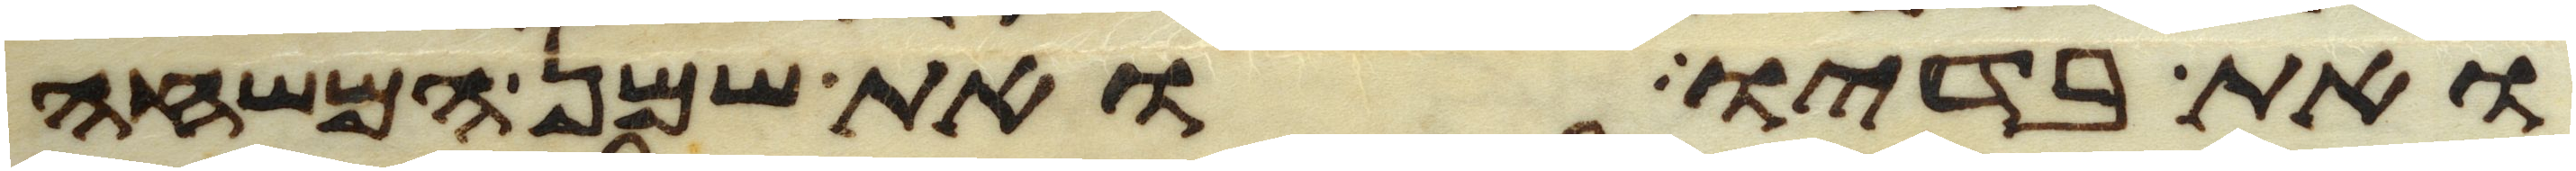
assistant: ואת בדיו ואת שמן המשחה